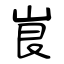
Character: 峎